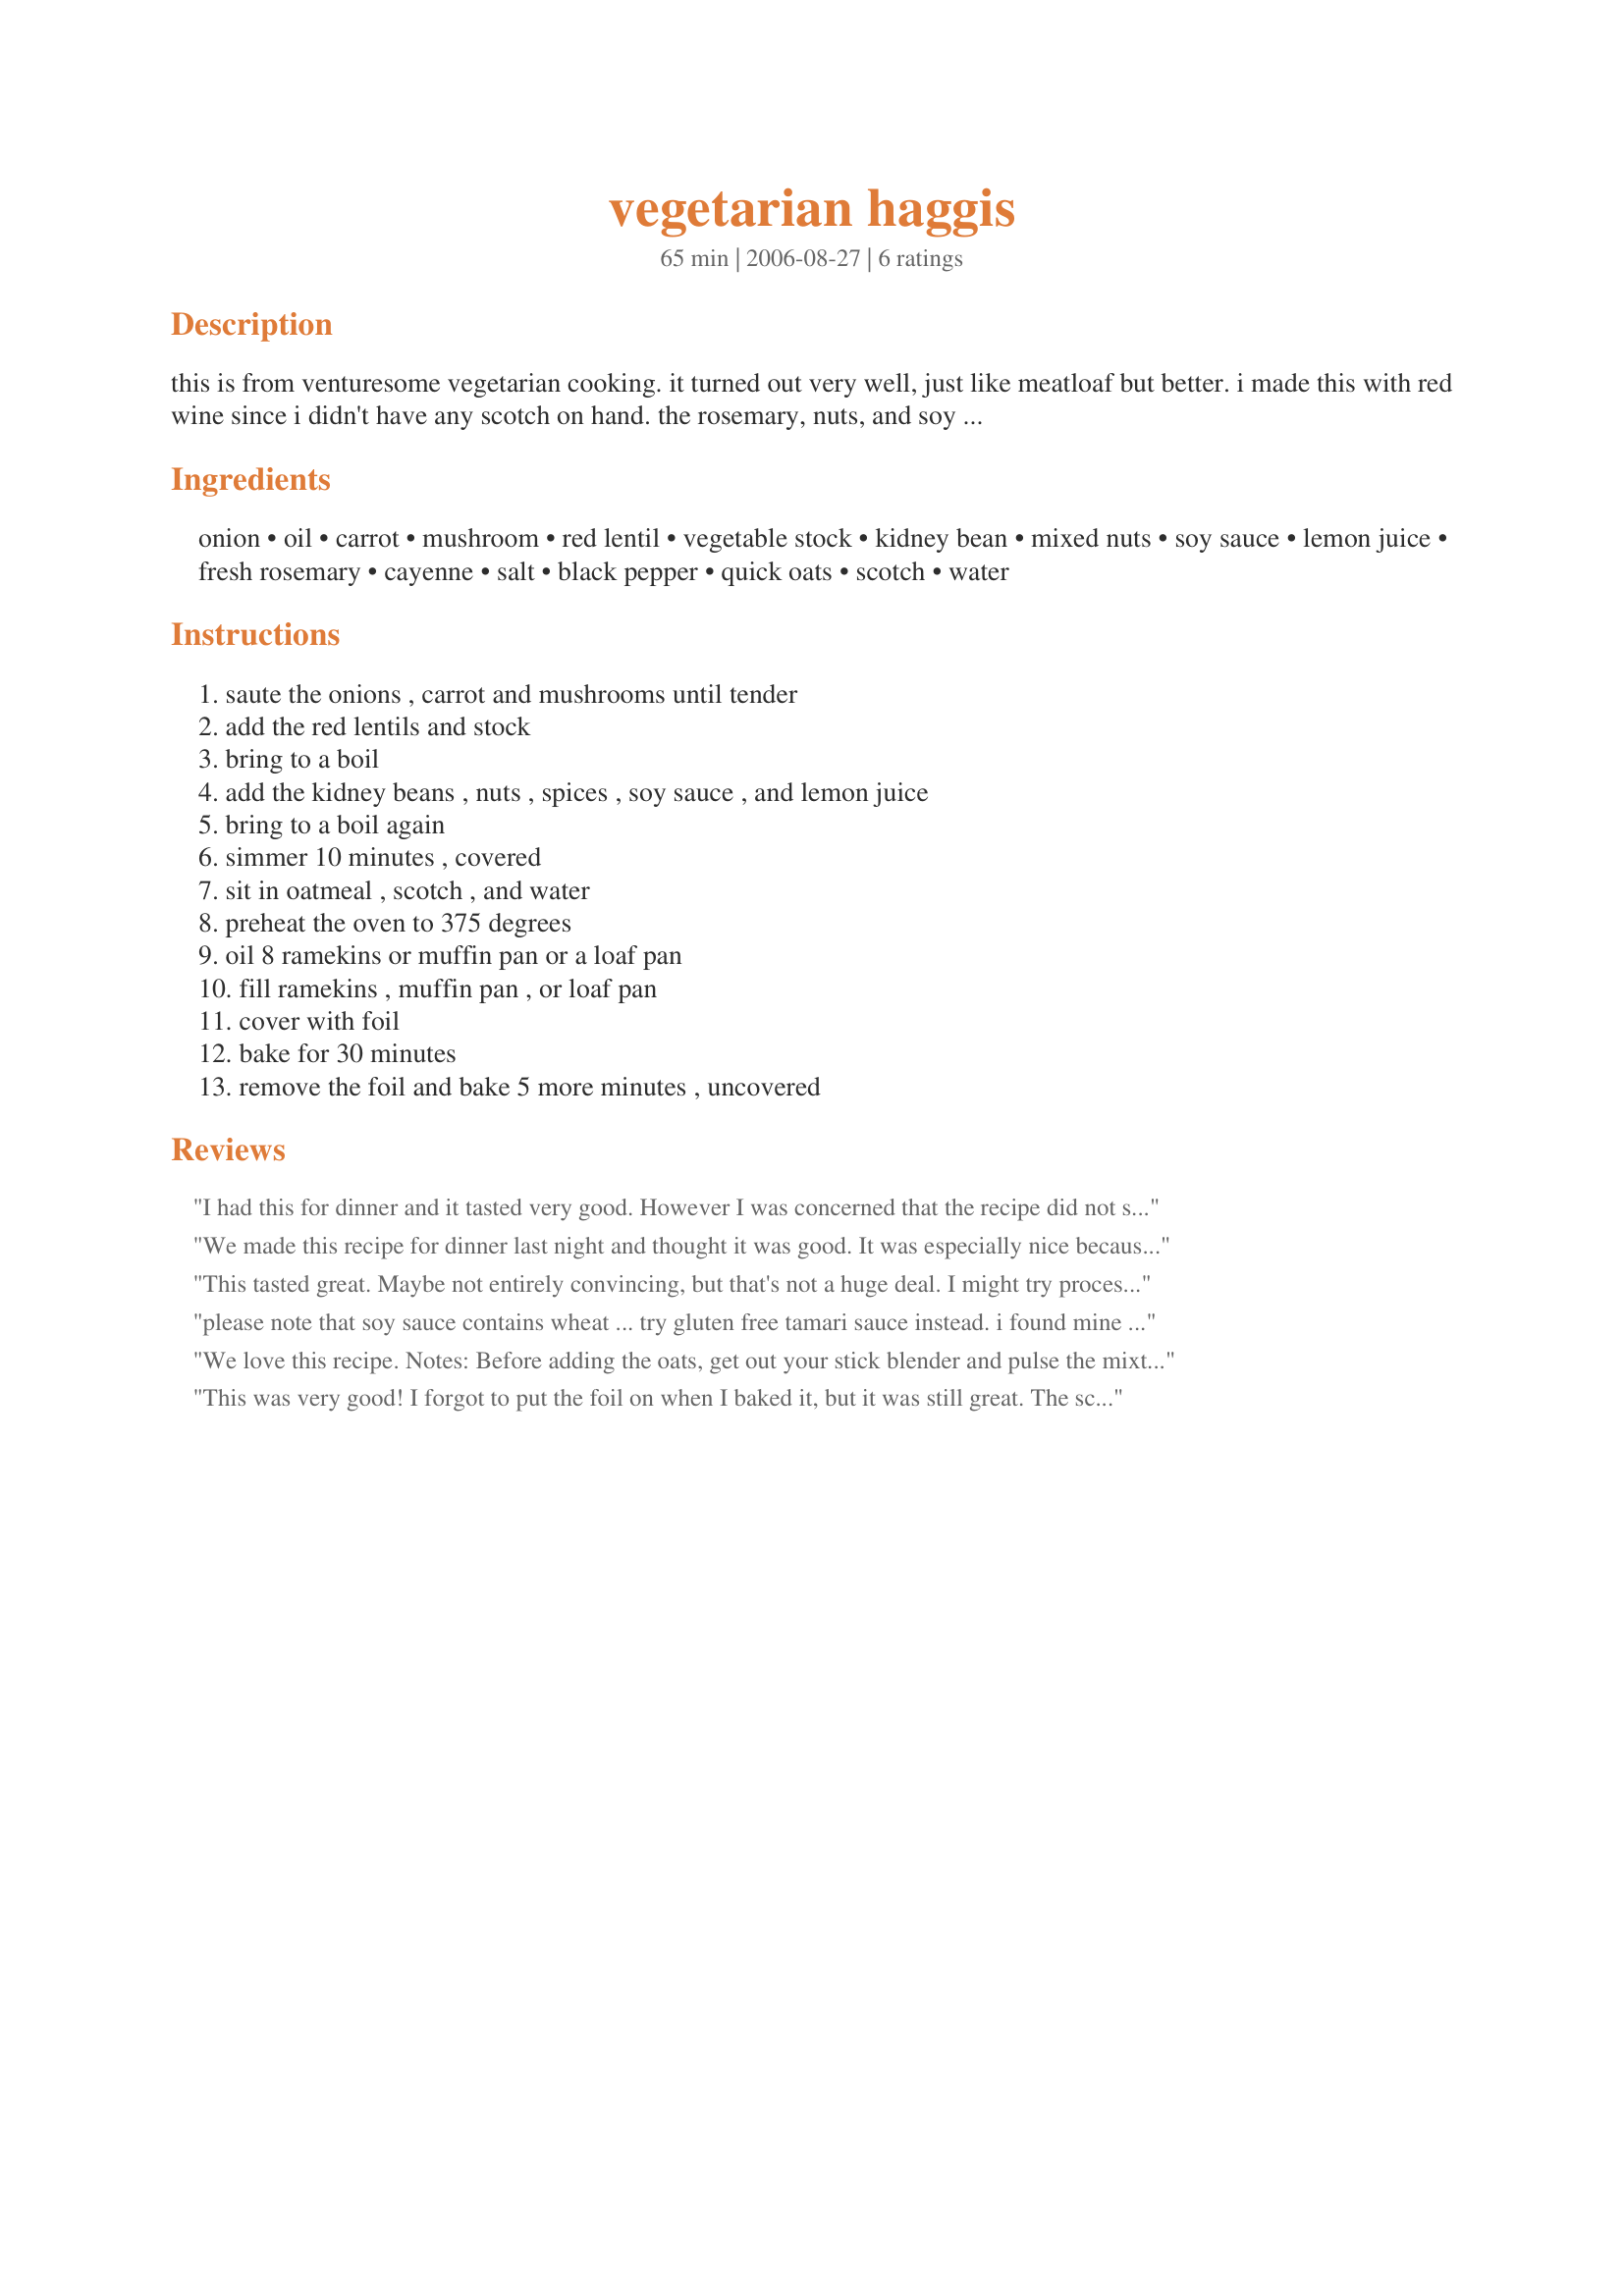
vegetarian haggis
Preparation time: 65 minutes

this is from venturesome vegetarian cooking. it turned out very well, just like meatloaf but better. i made this with red wine since i didn't have any scotch on hand. the rosemary, nuts, and soy sauce really made the dish, so don't substitute those ingredients! when i make this the next time, i will add different herbs.

Ingredients:
onion, oil, carrot, mushroom, red lentil, vegetable stock, kidney bean, mixed nuts, soy sauce, lemon juice, fresh rosemary, cayenne, salt, black pepper, quick oats, scotch, water

Steps:
saute the onions , carrot and mushrooms until tender, add the red lentils and stock, bring to a boil, add the kidney beans , nuts , spices , soy sauce , and lemon juice, bring to a boil again, simmer 10 minutes , covered, sit in oatmeal , scotch , and water, preheat the oven to 375 degrees, oil 8 ramekins or muffin pan or a loaf pan, fill ramekins , muffin pan , or loaf pan, cover with foil, bake for 30 minutes, remove the foil and bake 5 more minutes , uncovered

Reviews:
I had this for dinner and it tasted very good. However I was concerned that the recipe did not specify that the beans and lentils should be cooked before using. I think they should be, as the kidney beans did not seem done enough to me. Next time (and there will be a next time), I will cook the beans ahead of time or possibly use canned beans.
We made this recipe for dinner last night and thought it was good. It was especially nice because I had all of the ingredients on hand. While I liked it, there are some other vegetarian loaf recipes we like more. However, this recipe is definitely healthier than the loafs I typically enjoy. I did use scotch in this recipe. I served with parsnip and potato mash. A tasty autumn meal. Thanks!
This tasted great. Maybe not entirely convincing, but that's not a huge deal. I might try processing the ingredients first though to make it more meat-like.
please note that soy sauce contains wheat ... try gluten free tamari sauce instead. i found mine at the health food store.
We love this recipe. Notes: Before adding the oats, get out your stick blender and pulse the mixture a few times for better texture. I use whiskey instead of scotch, since I don't like scotch.<br/>It's a shame that this recipe has been given such a disgusting name--it's far better than the name implies.<br/><br/>Sriraccha sauce (hot chile) is fab on this if you want some heat to it. Ain't nothing wrong with that.
This was very good! I forgot to put the foil on when I baked it, but it was still great. The scotch flavor was just a hair strong. I guess it depends on what scotch you use. I might reduce it by 1/8cup and compensate with a little more water.

Served with a recipe for rumpledethumps I found here, this was a great Scottish dinner!
